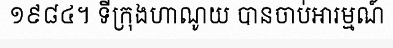
១៩៨៤។ ទីក្រុងហាណូយ បានចាប់អារម្មណ៍